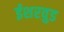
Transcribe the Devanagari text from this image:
ईशरवुड